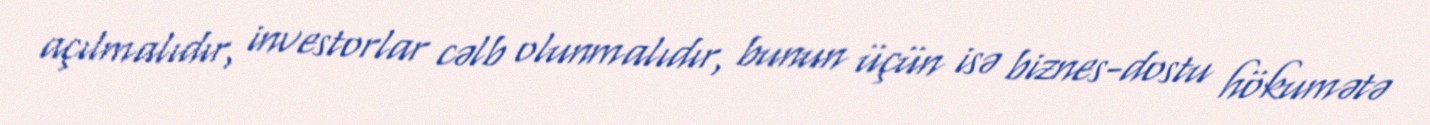
açılmalıdır, investorlar cəlb olunmalıdır, bunun üçün isə biznes-dostu hökumətə